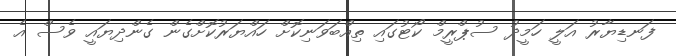
ފަނޑިޔާރު އަލީ ހަމީދު ސުޕްރީމް ކޯޓުގައި ތިއްބަވަނިކޮށް ހައްޔަރުކޮށްގެން ގެންދިޔައީ ވެސް އެ